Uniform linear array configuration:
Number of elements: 48
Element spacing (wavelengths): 0.5
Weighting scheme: blackman
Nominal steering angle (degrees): -15
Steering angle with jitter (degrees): -15.164
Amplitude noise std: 0.05
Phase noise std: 0.05

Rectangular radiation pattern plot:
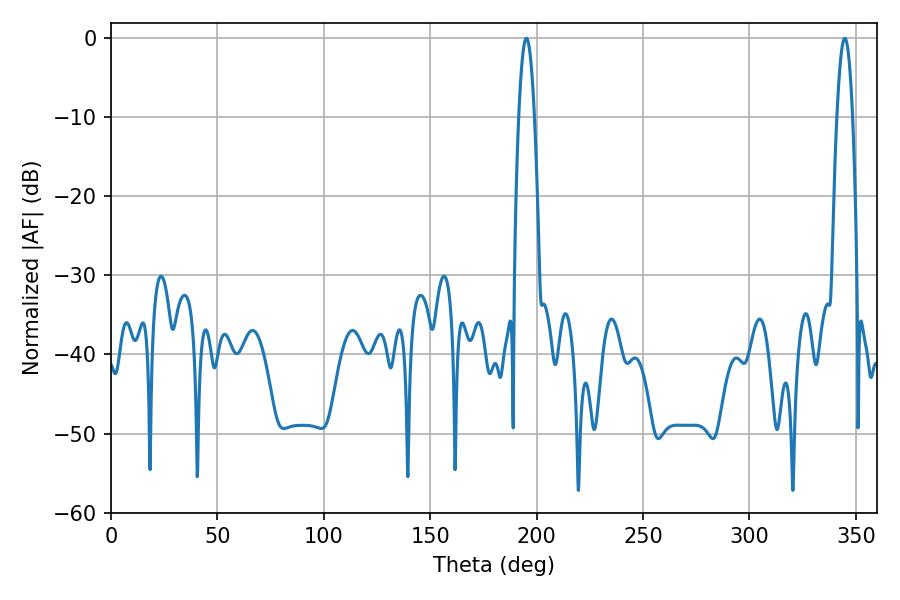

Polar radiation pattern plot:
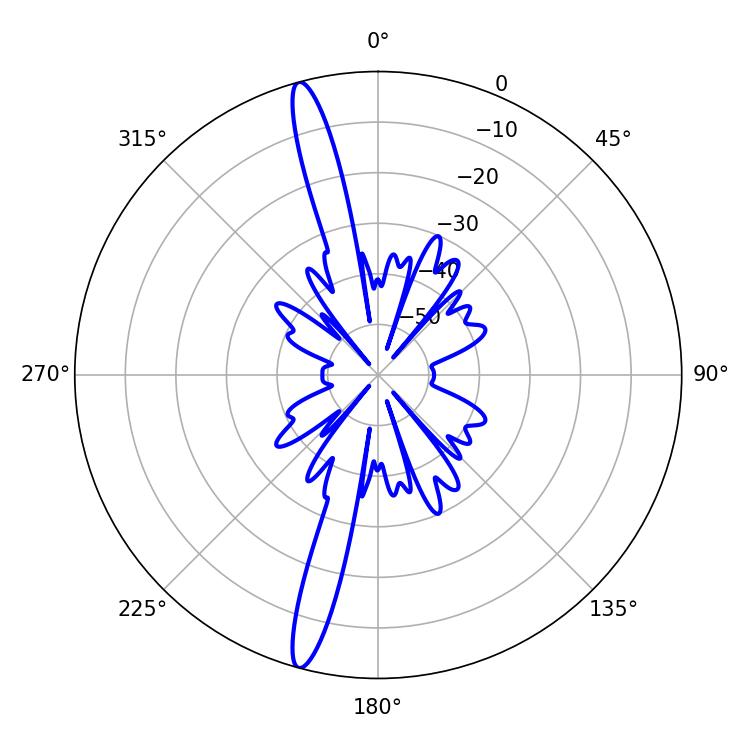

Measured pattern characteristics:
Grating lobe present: FALSE
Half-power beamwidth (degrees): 4.14
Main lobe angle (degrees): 195.12